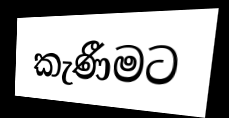
කැණීමට